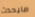
مايحدث